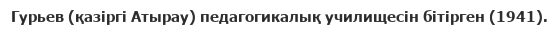
Гурьев (қазіргі Атырау) педагогикалық училищесін бітірген (1941).